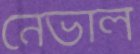
নেভাল